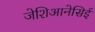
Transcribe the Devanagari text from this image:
जेशिआनेसिई